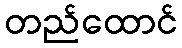
တည်ထောင်